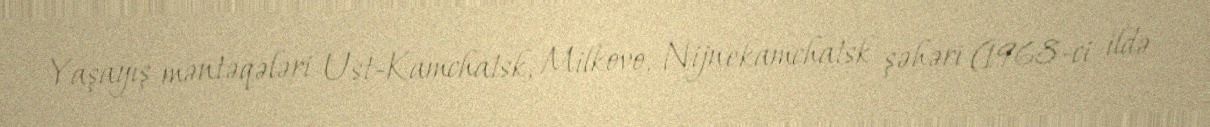
Yaşayış məntəqələri Ust-Kamchatsk, Milkovo, Nijnekamchatsk şəhəri (1968-ci ildə